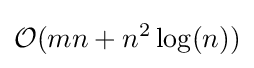
{\mathcal {O}}(mn+n^{2}\log(n))